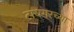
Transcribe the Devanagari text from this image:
टायगरच्या